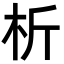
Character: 析